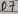
Text: D7